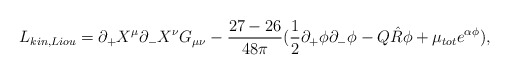
\begin{align*}L_{kin,Liou}=\partial _{+} X^{\mu} \partial _{-} X^{\nu} G_ {\mu \nu} -\frac{27-26}{48 \pi} (\frac{1}{2} \partial _{+} \phi \partial _{-} \phi -Q\hat{R} \phi +\mu _{tot} e^{\alpha \phi}) , \end{align*}